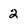
Character: 2